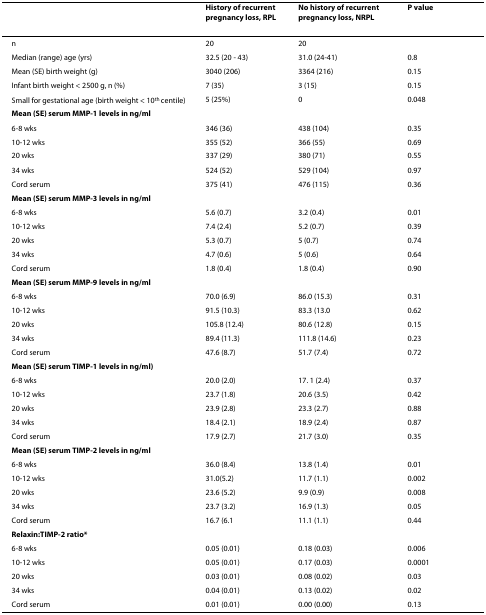
<table><thead><tr><td></td><td><b>History of recurrent pregnancy loss, RPL</b></td><td><b>No history of recurrent pregnancy loss, NRPL</b></td><td><b>P value</b></td></tr></thead><tbody><tr><td>n</td><td>20</td><td>20</td><td></td></tr><tr><td>Median (range) age (yrs)</td><td>32.5 (20 - 43)</td><td>31.0 (24-41)</td><td>0.8</td></tr><tr><td>Mean (SE) birth weight (g)</td><td>3040 (206)</td><td>3364 (216)</td><td>0.15</td></tr><tr><td>Infant birth weight &lt; 2500 g, n (%)</td><td>7 (35)</td><td>3 (15)</td><td>0.15</td></tr><tr><td>Small for gestational age (birth weight &lt; 10<sup>th </sup>centile)</td><td>5 (25%)</td><td>0</td><td>0.048</td></tr><tr><td><b>Mean (SE) serum MMP-1 levels in ng/ml</b></td><td></td><td></td><td></td></tr><tr><td>6-8 wks</td><td>346 (36)</td><td>438 (104)</td><td>0.35</td></tr><tr><td>10-12 wks</td><td>355 (52)</td><td>366 (55)</td><td>0.69</td></tr><tr><td>20 wks</td><td>337 (29)</td><td>380 (71)</td><td>0.55</td></tr><tr><td>34 wks</td><td>524 (52)</td><td>529 (104)</td><td>0.97</td></tr><tr><td>Cord serum</td><td>375 (41)</td><td>476 (115)</td><td>0.36</td></tr><tr><td><b>Mean (SE) serum MMP-3 levels in ng/ml</b></td><td></td><td></td><td></td></tr><tr><td>6-8 wks</td><td>5.6 (0.7)</td><td>3.2 (0.4)</td><td>0.01</td></tr><tr><td>10-12 wks</td><td>7.4 (2.4)</td><td>5.2 (0.7)</td><td>0.39</td></tr><tr><td>20 wks</td><td>5.3 (0.7)</td><td>5 (0.7)</td><td>0.74</td></tr><tr><td>34 wks</td><td>4.7 (0.6)</td><td>5 (0.6)</td><td>0.64</td></tr><tr><td>Cord serum</td><td>1.8 (0.4)</td><td>1.8 (0.4)</td><td>0.90</td></tr><tr><td><b>Mean (SE) serum MMP-9 levels in ng/ml</b></td><td></td><td></td><td></td></tr><tr><td>6-8 wks</td><td>70.0 (6.9)</td><td>86.0 (15.3)</td><td>0.31</td></tr><tr><td>10-12 wks</td><td>91.5 (10.3)</td><td>83.3 (13.0</td><td>0.62</td></tr><tr><td>20 wks</td><td>105.8 (12.4)</td><td>80.6 (12.8)</td><td>0.15</td></tr><tr><td>34 wks</td><td>89.4 (11.3)</td><td>111.8 (14.6)</td><td>0.23</td></tr><tr><td>Cord serum</td><td>47.6 (8.7)</td><td>51.7 (7.4)</td><td>0.72</td></tr><tr><td><b>Mean (SE) serum TIMP-1 levels in ng/ml)</b></td><td></td><td></td><td></td></tr><tr><td>6-8 wks</td><td>20.0 (2.0)</td><td>17. 1 (2.4)</td><td>0.37</td></tr><tr><td>10-12 wks</td><td>23.7 (1.8)</td><td>20.6 (3.5)</td><td>0.42</td></tr><tr><td>20 wks</td><td>23.9 (2.8)</td><td>23.3 (2.7)</td><td>0.88</td></tr><tr><td>34 wks</td><td>18.4 (2.1)</td><td>18.9 (2.4)</td><td>0.87</td></tr><tr><td>Cord serum</td><td>17.9 (2.7)</td><td>21.7 (3.0)</td><td>0.35</td></tr><tr><td><b>Mean (SE) serum TIMP-2 levels in ng/ml</b></td><td></td><td></td><td></td></tr><tr><td>6-8 wks</td><td>36.0 (8.4)</td><td>13.8 (1.4)</td><td>0.01</td></tr><tr><td>10-12 wks</td><td>31.0(5.2)</td><td>11.7 (1.1)</td><td>0.002</td></tr><tr><td>20 wks</td><td>23.6 (5.2)</td><td>9.9 (0.9)</td><td>0.008</td></tr><tr><td>34 wks</td><td>23.7 (3.2)</td><td>16.9 (1.3)</td><td>0.05</td></tr><tr><td>Cord serum</td><td>16.7 (6.1</td><td>11.1 (1.1)</td><td>0.44</td></tr><tr><td><b>Relaxin:TIMP-2 ratio*</b></td><td></td><td></td><td></td></tr><tr><td>6-8 wks</td><td>0.05 (0.01)</td><td>0.18 (0.03)</td><td>0.006</td></tr><tr><td>10-12 wks</td><td>0.05 (0.01)</td><td>0.17 (0.03)</td><td>0.0001</td></tr><tr><td>20 wks</td><td>0.03 (0.01)</td><td>0.08 (0.02)</td><td>0.03</td></tr><tr><td>34 wks</td><td>0.04 (0.01)</td><td>0.13 (0.02)</td><td>0.02</td></tr><tr><td>Cord serum</td><td>0.01 (0.01)</td><td>0.00 (0.00)</td><td>0.13</td></tr></tbody></table>